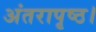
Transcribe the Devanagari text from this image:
अंतरापृष्ठ।